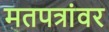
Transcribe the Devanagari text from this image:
मतपत्रांवर